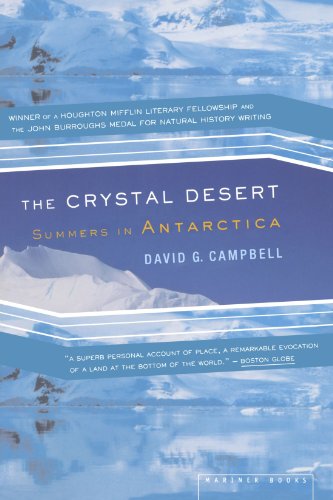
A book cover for The Crystal Desert: Summers in Antarctica; David G. Campbell; History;